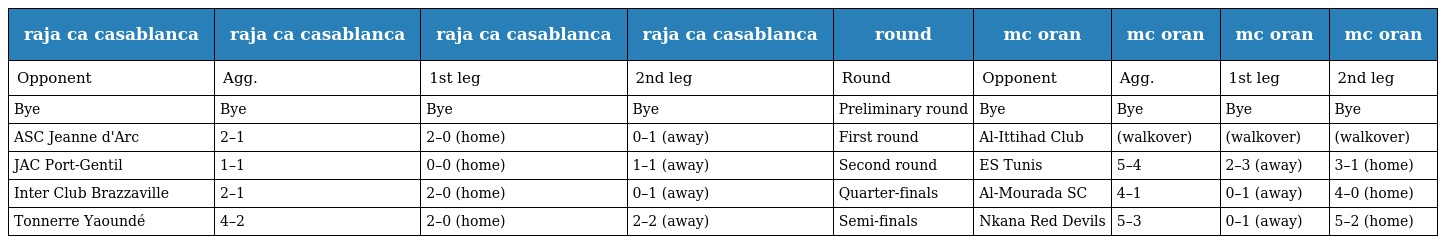
| raja ca casablanca | raja ca casablanca | raja ca casablanca | raja ca casablanca | round | mc oran | mc oran | mc oran | mc oran |
 | --- | --- | --- | --- | --- | --- | --- | --- | --- |
 | Opponent | Agg. | 1st leg | 2nd leg | Round | Opponent | Agg. | 1st leg | 2nd leg |
 | Bye | Bye | Bye | Bye | Preliminary round | Bye | Bye | Bye | Bye |
 | ASC Jeanne d'Arc | 2–1 | 2–0 (home) | 0–1 (away) | First round | Al-Ittihad Club | (walkover) | (walkover) | (walkover) |
 | JAC Port-Gentil | 1–1 | 0–0 (home) | 1–1 (away) | Second round | ES Tunis | 5–4 | 2–3 (away) | 3–1 (home) |
 | Inter Club Brazzaville | 2–1 | 2–0 (home) | 0–1 (away) | Quarter-finals | Al-Mourada SC | 4–1 | 0–1 (away) | 4–0 (home) |
 | Tonnerre Yaoundé | 4–2 | 2–0 (home) | 2–2 (away) | Semi-finals | Nkana Red Devils | 5–3 | 0–1 (away) | 5–2 (home) |